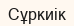
Сұркиік